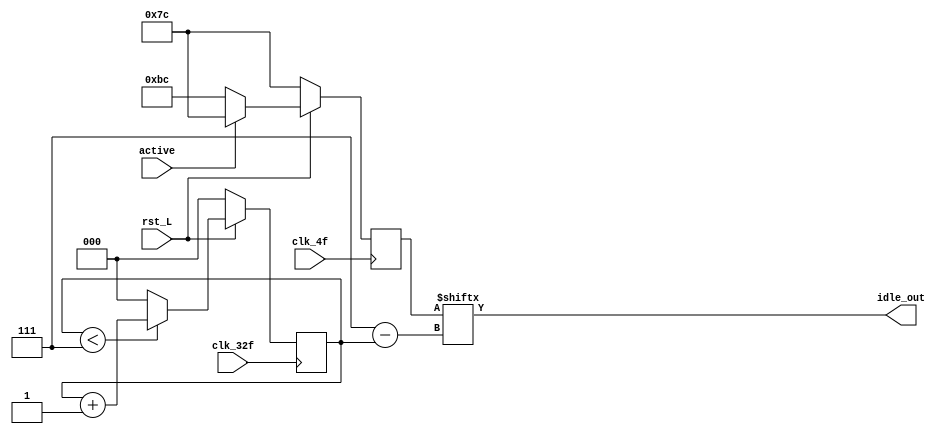
module paralelo_serial_rx(
    input active,
    input clk_4f, 
    input clk_32f,
    input rst_L,
    output reg idle_out);

    reg [2:0] 				 index;
    reg [7:0] 				 data2send;

    //Lgica de index
    always @ (posedge clk_32f) begin
        if (~rst_L) begin
            index <= 0;
            //idle_out <= 8'h00;
        end
	        
      else begin
        if(index < 7)
            index <= index +1;
        else
            index <= 0;	
      end
    end // always @ (posedge clk_32f)

    always @(*) begin
        idle_out <= data2send[7-index];
    end
    //Lgica de la salida

    always @ (posedge clk_4f) begin 
        if (~rst_L) begin
            data2send <= 8'h7C;
        end
        else begin
            if (active)
                data2send <= 8'h7C; // Enviar IDLE;
            else
                data2send <= 8'hBC; // Enviar COM; 
        end
        
    end // always @ (*)

endmodule